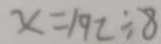
x = 1 9 2 \div 8